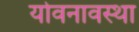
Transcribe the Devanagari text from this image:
योवनावस्था